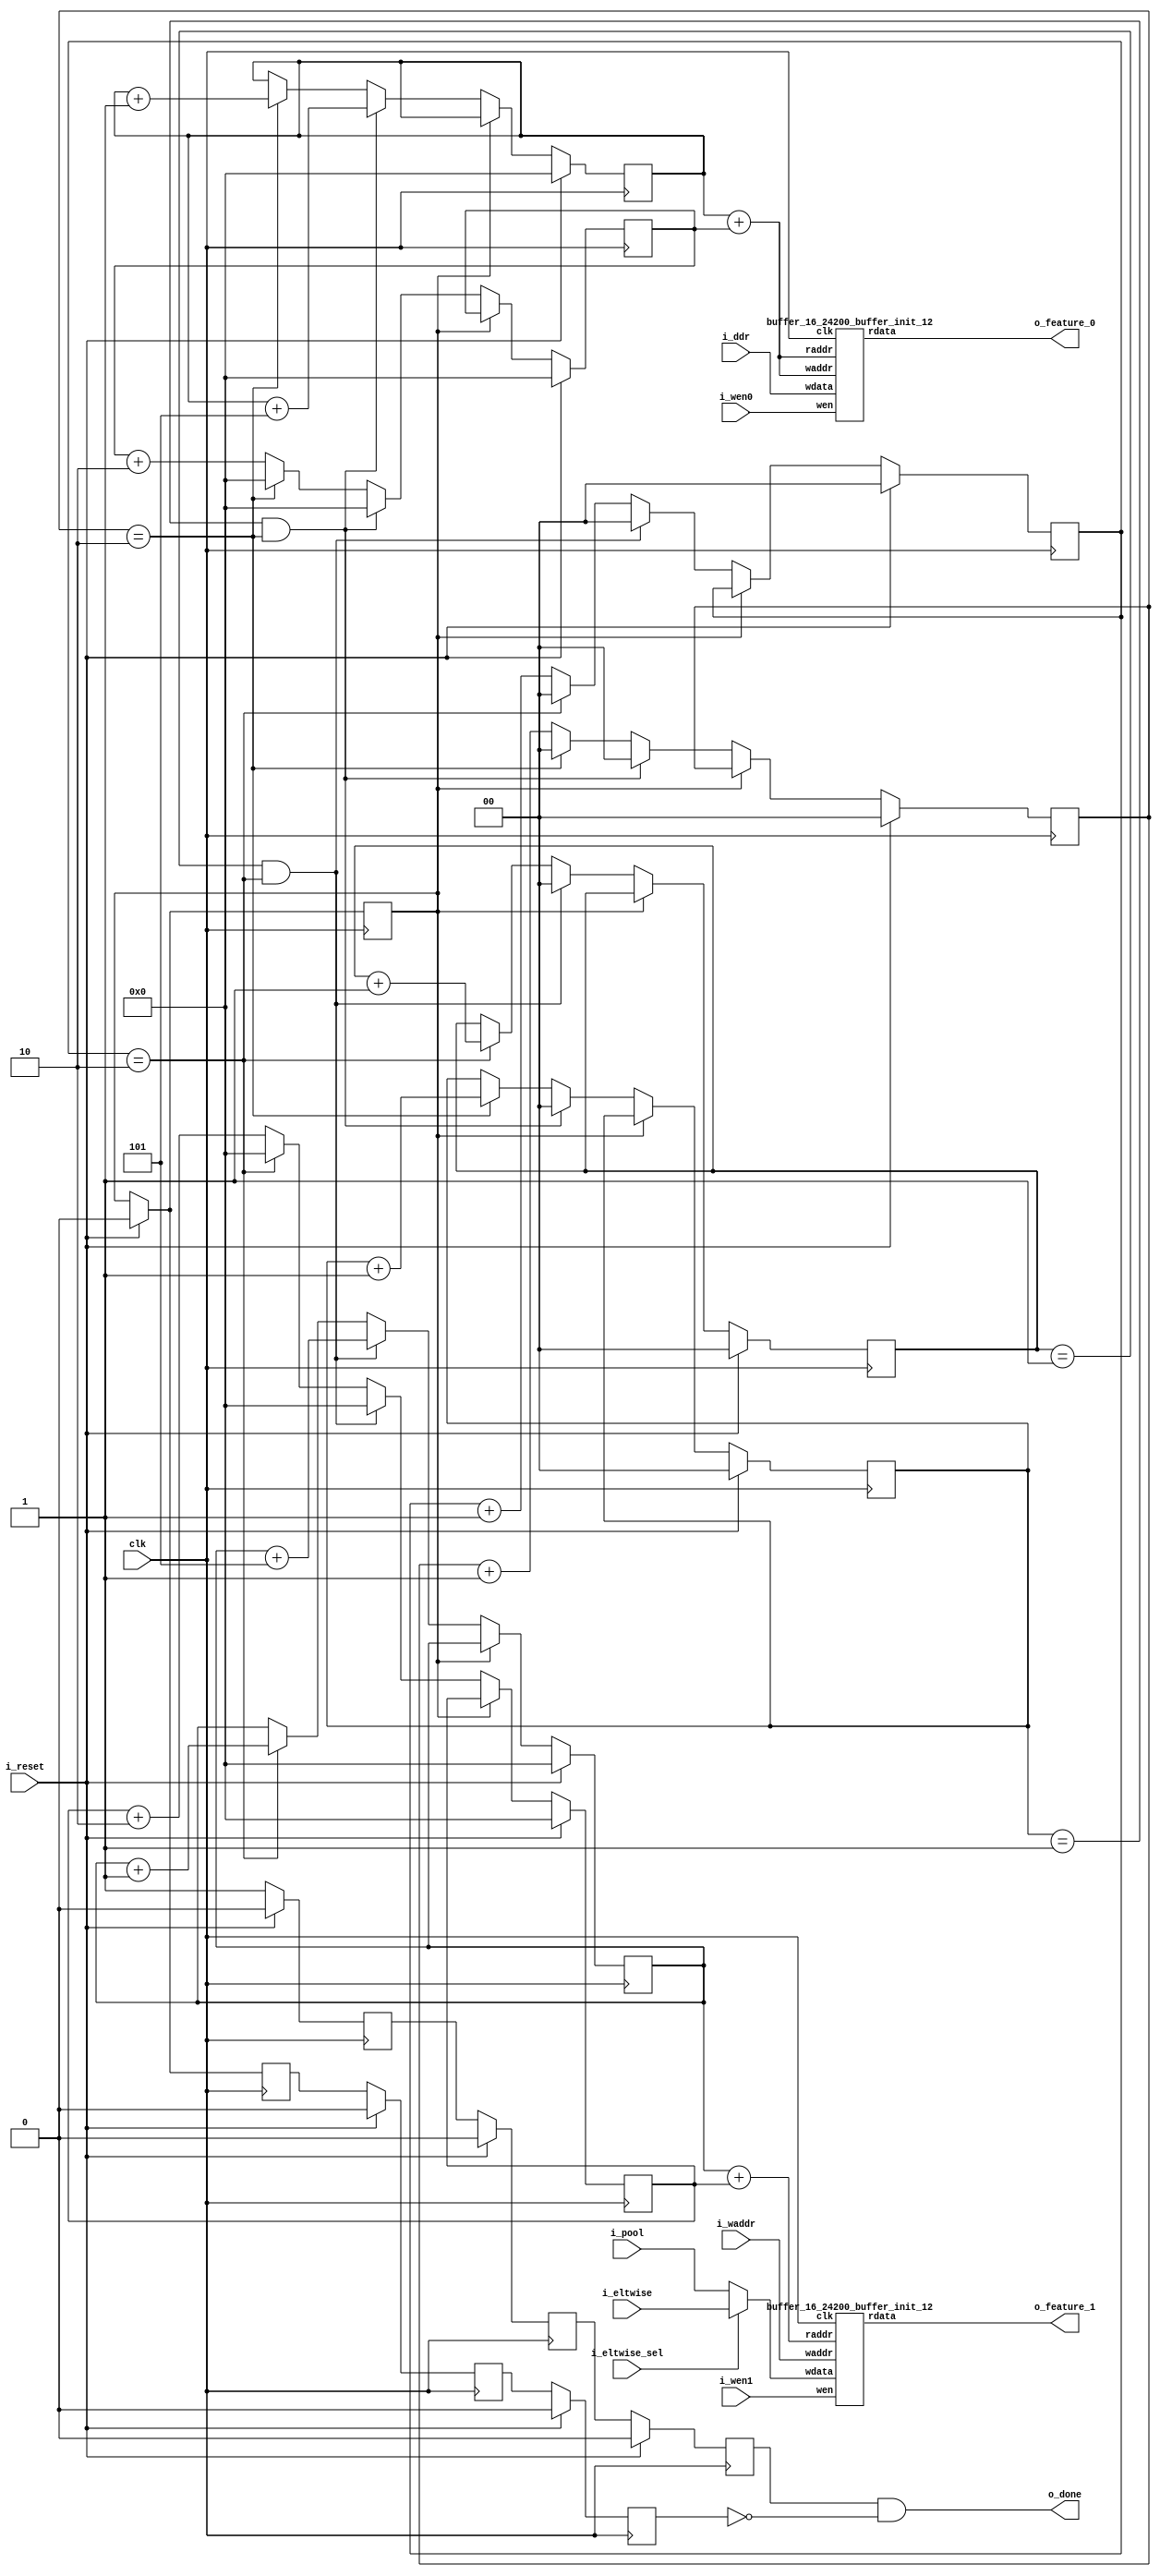
`define SIMULATION_MEMORY

module stream_buffer_2_1 (
	input clk,
	input i_reset,
	input i_wen0,
	input i_wen1,
	input [15:0] i_ddr,
	input [15:0] i_pool,
	input i_eltwise_sel,
	input [15:0] i_eltwise,
	input [14:0] i_waddr,
	output [15:0] o_feature_0,
	output [15:0] o_feature_1,
	output o_done
);

reg [14:0] base_addr;
reg [14:0] offset;
reg [14:0] base_addr_b1;
reg [14:0] offset_b1;
reg [1:0] L_counter;
reg [1:0] C_counter;
reg [1:0] W_counter;
reg [1:0] L_counter_b1;
reg [1:0] C_counter_b1;
reg [1:0] W_counter_b1;
reg done, done_1, done_2, done_3;
reg valid, valid_1, valid_2;
wire [15:0] feature_out_b0;
wire [15:0] feature_out_b1;

always @ (posedge clk) begin
	if (i_reset) begin
		base_addr <= 0;
		offset <= 0;
		C_counter <= 0;
		L_counter <= 0;
		W_counter <= 0;
	end else if (done == 0) begin
		if((W_counter == 1443) && (C_counter == 1) && (L_counter == 2)) begin
			base_addr <= 0;
			C_counter <= 0;
			L_counter <= 0;
			W_counter <= 0;
			offset <= 0;
		end else if((C_counter == 1) && (L_counter == 2)) begin
			base_addr <= base_addr + 5;
			W_counter <= W_counter + 1'b1;
			C_counter <= 0;
			L_counter <= 0;
			offset <= 0;
		end else if(L_counter == 2) begin
			base_addr <= base_addr + 1'b1;
			C_counter <= C_counter + 1'b1;
			L_counter <= 0;
			offset <= 0;
		end else begin
			offset <= offset + 2;
			L_counter <= L_counter + 1'b1;
		end
	end
end

always @ (posedge clk) begin
	if (i_reset) begin
		base_addr_b1 <= 0;
		offset_b1 <= 0;
		C_counter_b1 <= 0;
		L_counter_b1 <= 0;
		W_counter_b1 <= 0;
	end else if (done == 0) begin
		if((W_counter_b1 == 1443) && (C_counter_b1 == 1) && (L_counter_b1 == 2)) begin
			base_addr_b1 <= 0;
			C_counter_b1 <= 0;
			L_counter_b1 <= 0;
			W_counter_b1 <= 0;
			offset_b1 <= 0;
		end else if((C_counter_b1 == 1) && (L_counter_b1 == 2)) begin
			base_addr_b1 <= base_addr_b1 + 5;
			W_counter_b1 <= W_counter_b1 + 1'b1;
			C_counter_b1 <= 0;
			L_counter_b1 <= 0;
			offset_b1 <= 0;
		end else if(L_counter_b1 == 2) begin
			base_addr_b1 <= base_addr_b1 + 1'b1;
			C_counter_b1 <= C_counter_b1 + 1'b1;
			L_counter_b1 <= 0;
			offset_b1 <= 0;
		end else begin
			offset_b1 <= offset_b1 + 2;
			L_counter_b1 <= L_counter_b1 + 1'b1;
		end
	end
end

always @ (posedge clk) begin
	if(i_reset == 1'b1)begin
		done <= 0;
		done_1 <= 0;
		done_2 <= 0;
		done_3 <= 0;
		valid <= 0;
		valid_1 <= 0;
		valid_2 <= 0;
	end else begin
		valid <= 1;
		if((W_counter == 1443) && (C_counter == 1) && (L_counter == 2)) begin
			done <= 1;
		end
		done_1 <= done;
		done_2 <= done_1;
		done_3 <= done_2;
		valid_1 <= valid;
		valid_2 <= valid_1;
	end
end

reg [14:0] b0_waddr, b0_raddr, b1_raddr;
always @ (*) begin
	b0_waddr <= base_addr+offset;
	b0_raddr <= base_addr+offset;
	b1_raddr <= base_addr_b1+offset_b1;
end
buffer_16_24200_buffer_init_12 buffer_16_24200_buffer_init_12_B0 (
	.clk(clk),
	.wen(i_wen0),
	.waddr(b0_waddr),
	.wdata(i_ddr),
	.raddr(b0_raddr),
	.rdata(feature_out_b0)
);

reg [15:0] B1_wdata;
always @ (*) begin
	if (i_eltwise_sel) begin
		B1_wdata <= i_eltwise;
	end else begin
		B1_wdata <= i_pool;
	end
end

buffer_16_24200_buffer_init_12 buffer_16_24200_buffer_init_12_B1 (
	.clk(clk),
	.wen(i_wen1),
	.waddr(i_waddr),
	.wdata(B1_wdata),
	.raddr(b1_raddr),
	.rdata(feature_out_b1)
);

assign o_done = valid_2 && (~done_3);
assign o_feature_0 = feature_out_b0;
assign o_feature_1 = feature_out_b1;

endmodule
module buffer_16_24200_buffer_init_12 (
	input clk,
	input wen,
	input [14:0] waddr,
	input [15:0] wdata,
	input [14:0] raddr,
	output [15:0] rdata
);

reg [14:0] raddr_reg;
reg [15:0] rdata_reg;
reg [15:0] pipeline_reg_0;
wire [15:0] rd_dummy_signal;
wire [15:0] wr_dummy_signal;
wire [15:0] rdata_wire;
assign rd_dummy_signal = 0;

always @(posedge clk) begin
	rdata_reg <= rdata_wire;
	raddr_reg <= raddr;
	pipeline_reg_0 <= rdata_reg;
end

`ifdef SIMULATION_MEMORY
defparam u_dual_port_ram.DATA_WIDTH = 16;
defparam u_dual_port_ram.ADDR_WIDTH = 15;
`endif
dual_port_ram u_dual_port_ram(
	.addr1(waddr),
	.we1(wen),
	.data1(wdata),
	.out1(wr_dummy_signal),
	.addr2(raddr_reg),
	.we2(1'b0),
	.data2(rd_dummy_signal),
	.out2(rdata_wire),
	.clk(clk)
);
assign rdata = pipeline_reg_0;

endmodule

module dual_port_ram(
clk,
addr1,
addr2,
data1,
data2,
we1,
we2,
out1,
out2
);

parameter DATA_WIDTH = 256;
parameter ADDR_WIDTH = 10;
input clk;
input [ADDR_WIDTH-1:0] addr1;
input [ADDR_WIDTH-1:0] addr2;
input [DATA_WIDTH-1:0] data1;
input [DATA_WIDTH-1:0] data2;
input we1;
input we2;
output reg [DATA_WIDTH-1:0] out1;
output reg [DATA_WIDTH-1:0] out2;

reg [DATA_WIDTH-1:0] ram[ADDR_WIDTH-1:0];

always @(posedge clk) begin
  if (we1) begin
    ram[addr1] <= data1;
  end
  else begin
    out1 <= ram[addr1];
  end
end

always @(posedge clk) begin
  if (we2) begin
    ram [addr2] <= data2;
  end
  else begin
    out2 <= ram[addr2];
  end
end

endmodule